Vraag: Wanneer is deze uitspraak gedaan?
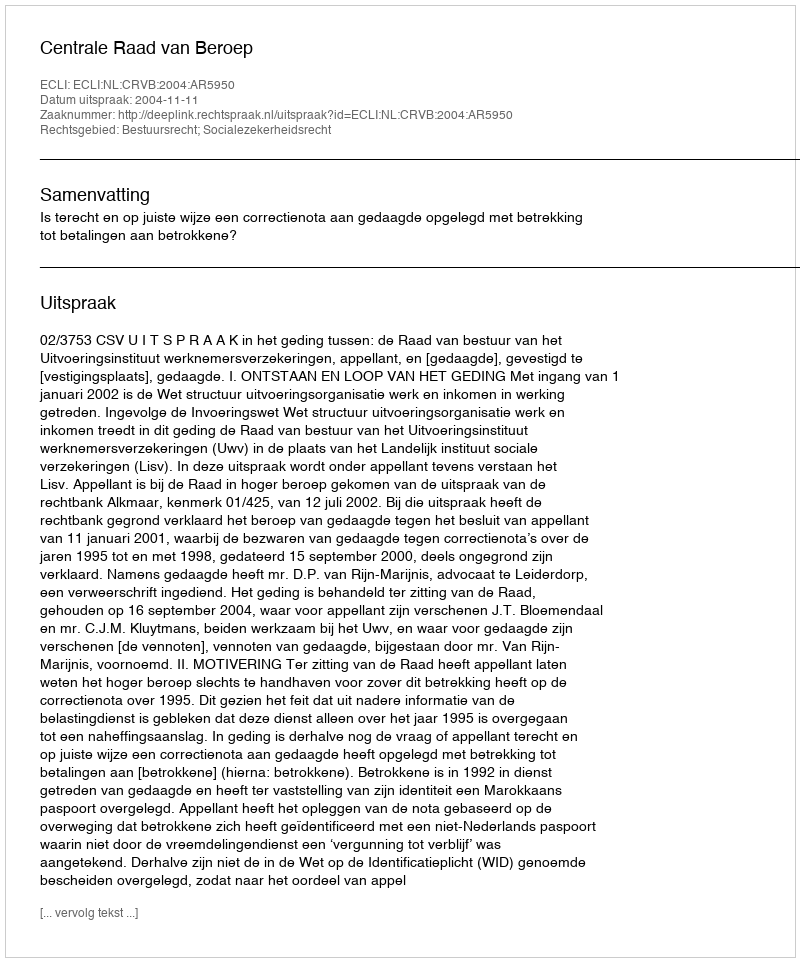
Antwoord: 2004-11-11